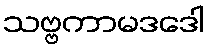
သဗ္ဗကာမဒဒေါ